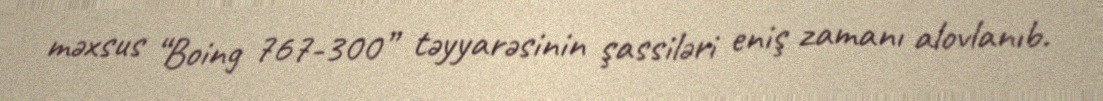
məxsus “Boing 767-300” təyyarəsinin şassiləri eniş zamanı alovlanıb.